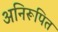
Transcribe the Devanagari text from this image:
अनिरूपित